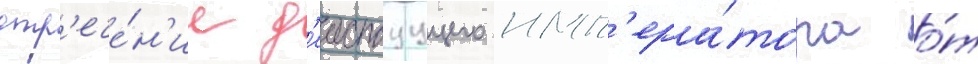
отр'ече́н'ие д'еиствуущего имп'ера́тора о́т